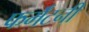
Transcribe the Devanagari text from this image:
फर्मॅटनी